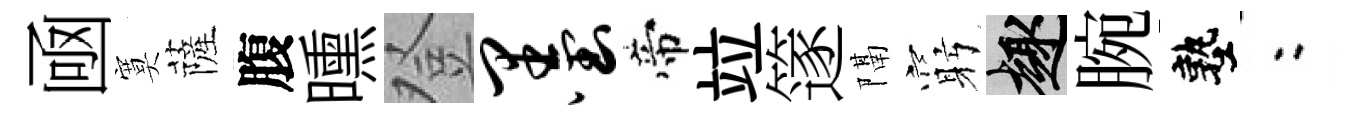
凾寞薩腹曛登墨帝竝篴隔窮趣腕塾欸